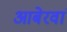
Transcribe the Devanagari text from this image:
आबेरवां